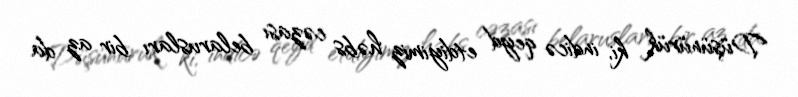
Düşünürük ki, indicə qeyd etdiyimiz həbs cəzası belarusları bir az da